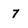
Character: 7